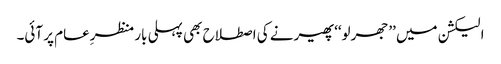
الیکشن میں ’’جھرلو‘‘ پھیرنے کی اصطلاح بھی پہلی بار منظرِعام پر آئی۔